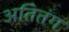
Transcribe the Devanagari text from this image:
अतितंग